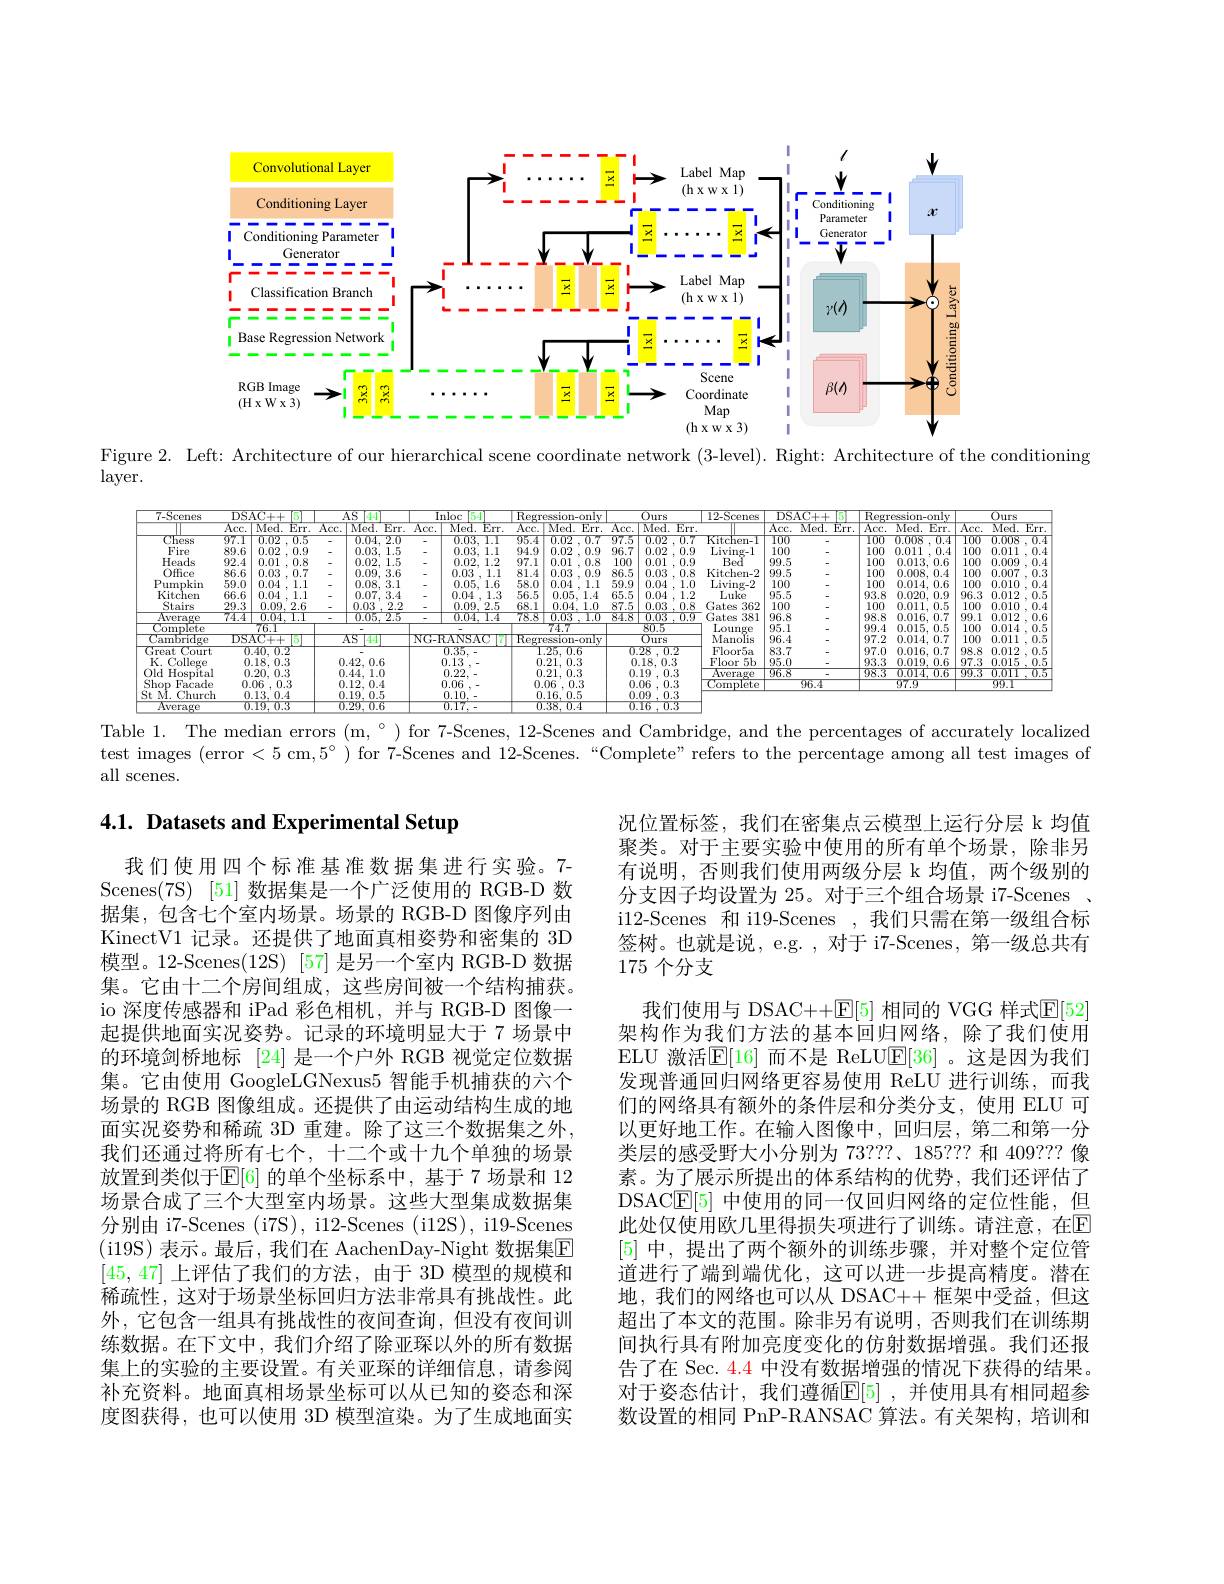
<FigureHere>

Figure 2. Left: Architecture of our hierarchical scene coordinate network (3-level). Right: Architecture of the conditioning

$\operatorname{layer}.$

<FigureHere>

Table 1. The median errors (m,$^\circ)$ for 7-Scenes, 12-Scenes and Cambridge, and the percentages of accurately localized

test images (error<5cm,5°) for 7-Scenes and 12-Scenes.“Complete”refers to the percentage among all test images of

all scenes.

# 4.1. Datasets and Experimental Setup

况位置标签，我们在密集点云模型上运行分层 k 均值聚类。对于主要实验中使用的所有单个场景，除非另有说明，否则我们使用两级分层 k 均值，两个级别的分支因子均设置为 25。对于三个组合场景 i7-Scenes i12-Scenes 和 i19-Scenes ,我们只需在第一级组合标签树。也就是说，e.g. ,对于 i7-Scenes, 第一级总共有175个分支

我们使用四个标准基准数据集进行实验。7- Scenes(7S) [51] 数据集是一个广泛使用的 RGB-D 数据集，包含七个室内场景。场景的 RGB-D 图像序列由KinectV1 记录。还提供了地面真相姿势和密集的 3D 模型。12-Scenes(12S) [57] 是另一个室内 RGB-D 数据集。它由十二个房间组成，这些房间被一个结构捕获。io 深度传感器和 iPad 彩色相机，并与 RGB-D 图像一起提供地面实况姿势。记录的环境明显大于 7 场景中的环境剑桥地标 [24] 是一个户外 RGB 视觉定位数据集。它由使用 GoogleLGNexus5 智能手机捕获的六个场景的 RGB 图像组成。还提供了由运动结构生成的地面实况姿势和稀疏 3D 重建。除了这三个数据集之外， 我们还通过将所有七个，十二个或十九个单独的场景放置到类似于$\operatorname{E}[6]$ 的单个坐标系中，基于 7 场景和 12场景合成了三个大型室内场景。这些大型集成数据集分别由 i7-Scenes (i7S), i12-Scenes (i12S), i19-Scenes (i19S)表示。最后，我们在 AachenDay-Night 数据集$\mathbb{E}$ [45,47]上评估了我们的方法，由于 3D 模型的规模和稀疏性，这对于场景坐标回归方法非常具有挑战性。此外，它包含一组具有挑战性的夜间查询，但没有夜间训练数据。在下文中，我们介绍了除亚琛以外的所有数据集上的实验的主要设置。有关亚琛的详细信息，请参阅补充资料。地面真相场景坐标可以从已知的姿态和深度图获得，也可以使用 3D 模型渲染。为了生成地面实

我们使用与 DSAC++E[5] 相同的 VGG 样式E[52] 架构作为我们方法的基本回归网络，除了我们使用ELU 激活$\overline{\mathbb{E}}[16]$ 而不是 ReLU$\underline{\mathbb{E}}[36]$ 。这是因为我们发现普通回归网络更容易使用 ReLU 进行训练，而我们的网络具有额外的条件层和分类分支，使用 ELU 可以更好地工作。在输入图像中，回归层，第二和第一分类层的感受野大小分别为 73???、185??? 和 409??? 像素。为了展示所提出的体系结构的优势，我们还评估了DSAC$\mathbb{E}[5]$中使用的同一仅回归网络的定位性能，但此处仅使用欧几里得损失项进行了训练。请注意，在$\mathbb{E}$ [5]中，提出了两个额外的训练步骤，并对整个定位管道进行了端到端优化，这可以进一步提高精度。潜在地，我们的网络也可以从 DSAC++ 框架中受益，但这超出了本文的范围。除非另有说明，否则我们在训练期间执行具有附加亮度变化的仿射数据增强。我们还报告了在 Sec. $\color{red}{4.4}$中没有数据增强的情况下获得的结果。对于姿态估计，我们遵循$\mathbb{E}[5]$ ,并使用具有相同超参数设置的相同 PnP-RANSAC 算法。有关架构，培训和